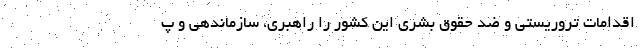
اقدامات تروریستی و ضد حقوق بشری این کشور را راهبری، سازماندهی و پ